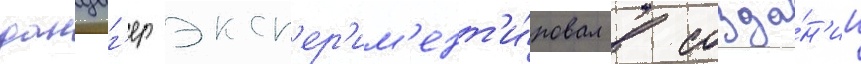
данциг'ер эксп'ер'им'ент'и́ровал в созда́н'ии